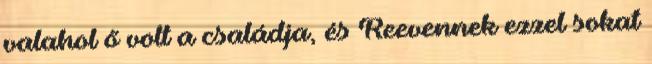
valahol ő volt a családja, és Reevennek ezzel sokat